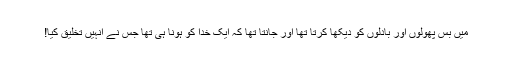
میں بس پھولوں اور بادلوں کو دیکھا کرتا تھا اور جانتا تھا کہ ایک خُدا کو ہونا ہی تھا جس نے اُنہیں تخلیق کیا!